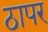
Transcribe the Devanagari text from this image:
ठापर